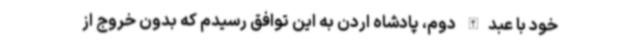
خود با عبدالله دوم، پادشاه اردن به این توافق رسیدم که بدون خروج از